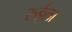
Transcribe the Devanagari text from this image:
रुईला